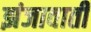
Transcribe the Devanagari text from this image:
झंजावाती